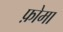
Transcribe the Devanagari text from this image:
फ़ोमा